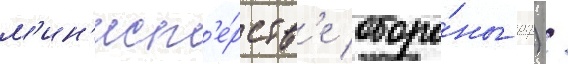
м'ин'ист'е́рств'е оборо́ны рф) /